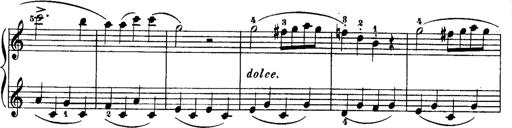
Title: Rondos and Sonatinas for Pianoforte
Composer: Daniel Steibelt